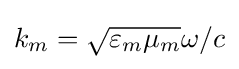
k_{m}={\sqrt {\varepsilon _{m}\mu _{m}}}\omega /c